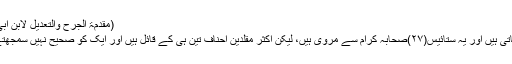
(مقدمۃ الجرح والتعدیل لابن ابی حاتم رازی،ص: ۳۱،۳۲، سنن کبریٰ بیہقی،ج:۱،ص:۸۱)
8 ایک رکعت وتر کی احادیث صحاح ستہ میں عام پائی جاتی ہیں اور یہ ستائیس(۲۷)صحابہ کرام سے مروی ہیں، لیکن اکثر مقلدین احناف تین ہی کے قائل ہیں اور ایک کو صحیح نہیں سمجھتے اور اس مسئلہ میں امام ابو حنیفہؒ کی رائے پر چلتے ہیں۔